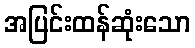
အပြင်းထန်ဆုံးသော